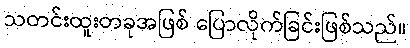
သတင်းထူးတခုအဖြစ် ပြောလိုက်ခြင်းဖြစ်သည်။